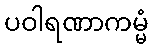
ပဝါရဏာကမ္မံ